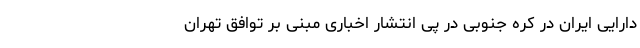
دارایی ایران در کره جنوبی در پی انتشار اخباری مبنی بر توافق تهران